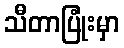
သီတာပြုံးမှာ